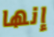
إنها